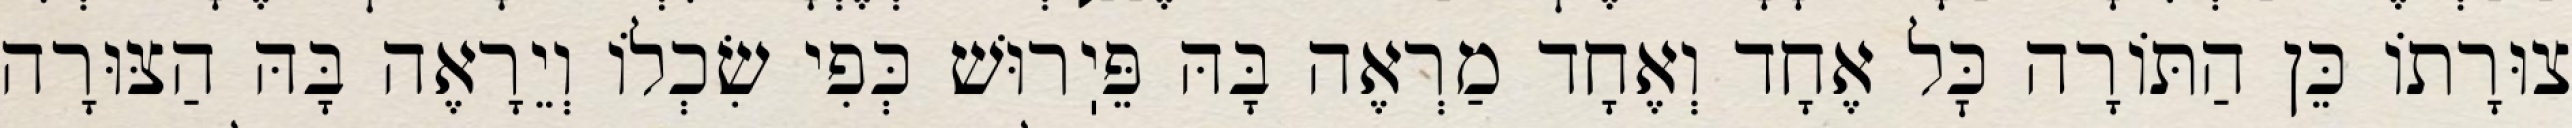
צוּרָתוֹ כֵּן הַתּוֹרָה כׇּל אֶחָד וְאֶחָד מַרְאֶה בָּהּ פֵּיֽרוּשׁ כְּפִי שִׂכְלוֹ וְיֵרָאֶה בָּהּ הַצּוּרָה